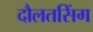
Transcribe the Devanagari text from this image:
दौलतसिंग